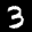
Label: 3